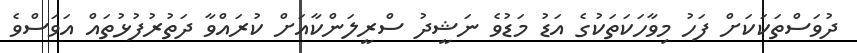
ދުވަސްތަކަކަށް ފަހު މިވާހަކަތަކުގެ އަޑު މަޑުވެ ނަޝީދު ސްރީލަންކާއަށް ކުރައްވާ ދަތުރުފުޅުތައް އަވަސްވެ